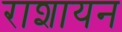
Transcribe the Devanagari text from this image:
राशायन